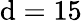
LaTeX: \mathrm{d}=15